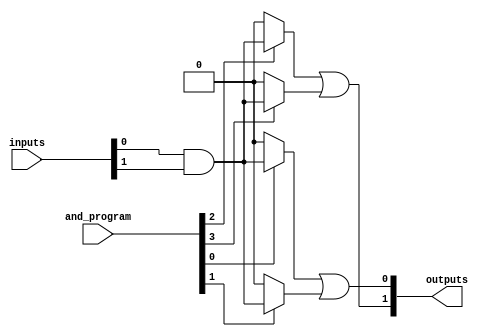
module FusedPAL #(
    parameter NUM_INPUTS = 4,    // Number of inputs
    parameter NUM_AND_GATES = 4,  // Number of programmable AND gates
    parameter NUM_OR_GATES = 2     // Number of fixed OR gates
)(
    input wire [NUM_INPUTS-1:0]    inputs,          // Input lines
    input wire [NUM_AND_GATES-1:0]  and_program,     // Programming signal for AND gates
    output wire [NUM_OR_GATES-1:0]  outputs          // Output lines
);

// Define the programmable AND array
wire [NUM_AND_GATES-1:0] and_outputs [NUM_AND_GATES-1:0];

// Generate AND gates
genvar i, j;
generate
    for (i = 0; i < NUM_AND_GATES; i = i + 1) begin : AND_LOGIC
        assign and_outputs[i] = (and_program[i]) ? (inputs[0] & inputs[1]) : 1'b0; // Example logic
    end
endgenerate

// Fixed OR array
assign outputs[0] = and_outputs[0] | and_outputs[1]; // Example fixed connections
assign outputs[1] = and_outputs[2] | and_outputs[3]; // Example fixed connections

endmodule